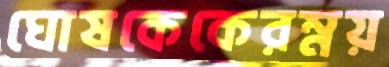
ঘোষকেকেরম্নয়